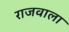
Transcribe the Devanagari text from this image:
राजवाला